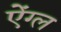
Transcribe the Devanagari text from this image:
ऐंग्ल